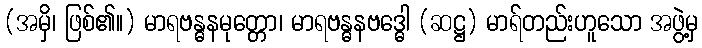
(အမှိ၊ ဖြစ်၏။) မာရဗန္ဓနမုတ္တော၊ မာရဗန္ဓနဗဒ္ဓေါ (ဆဋ္ဌ) မာရ်တည်းဟူသော အဖွဲ့မှ